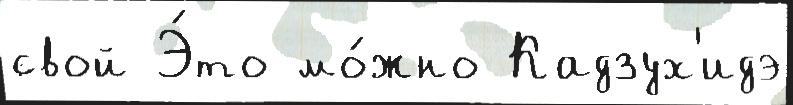
свой Э́то мо́жно Кадзух'идэ